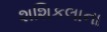
શશિકલાના